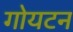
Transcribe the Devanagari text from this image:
गोयटन